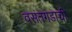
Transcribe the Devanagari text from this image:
वसंतगडाची